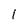
Character: 1